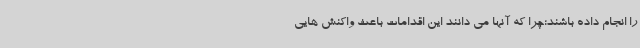
را انجام داده باشند؛چرا که آنها می دانند این اقدامات باعث واکنش هایی